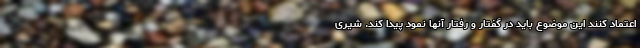
اعتماد کنند این موضوع باید در گفتار و رفتار آنها نمود پیدا کند. شیری